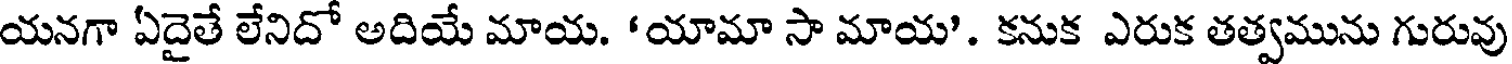
యనగా ఏదైతే లేనిదో అదియే మాయ. 'యామా సా మాయ'. కనుక ఎరుక తత్వమును గురువు